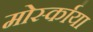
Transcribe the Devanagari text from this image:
मोर्स्काया